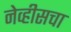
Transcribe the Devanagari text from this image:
नेव्हीसचा